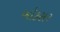
બૉકસર